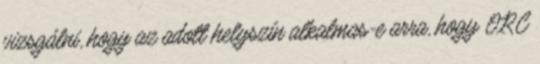
vizsgálni, hogy az adott helyszín alkalmas-e arra, hogy ORC